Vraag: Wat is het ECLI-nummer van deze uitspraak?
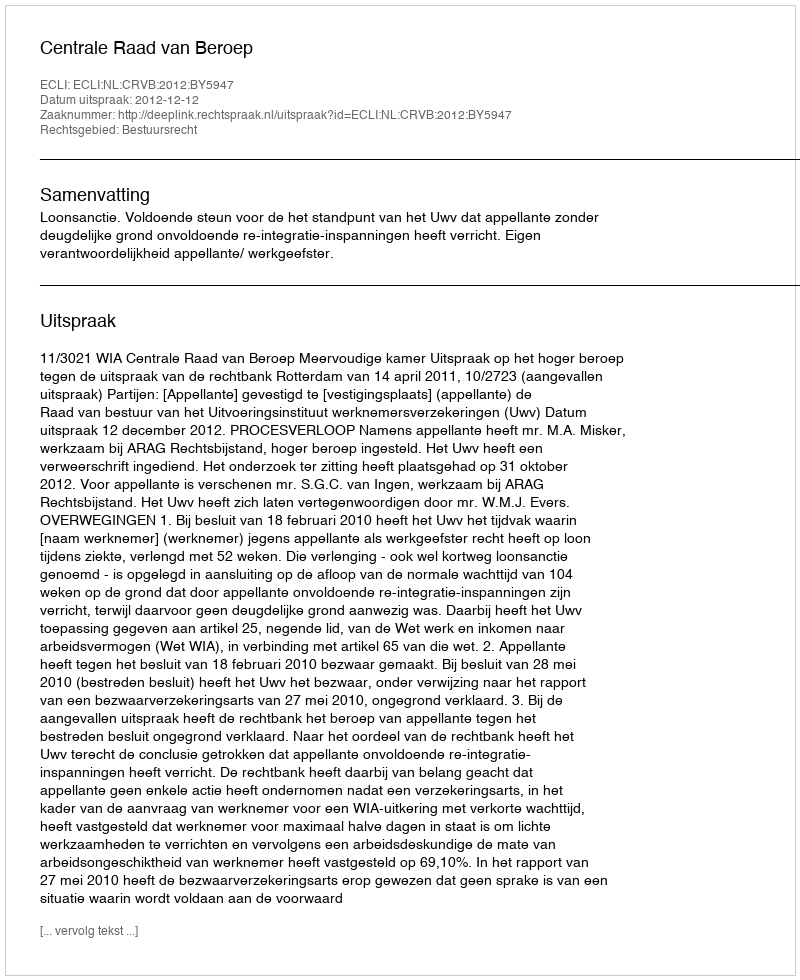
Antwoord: ECLI:NL:CRVB:2012:BY5947